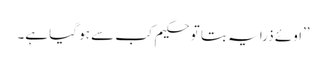
’’اوئے ذرا یہ بتا تو حکیم کب سے ہو گیا ہے۔